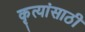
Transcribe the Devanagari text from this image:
कृत्यांसाठी